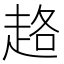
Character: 䞦